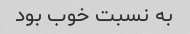
به نسبت خوب بود